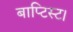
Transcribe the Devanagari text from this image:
बाप्टिस्ट।